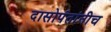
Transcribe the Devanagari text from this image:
दासोपंतांनीच